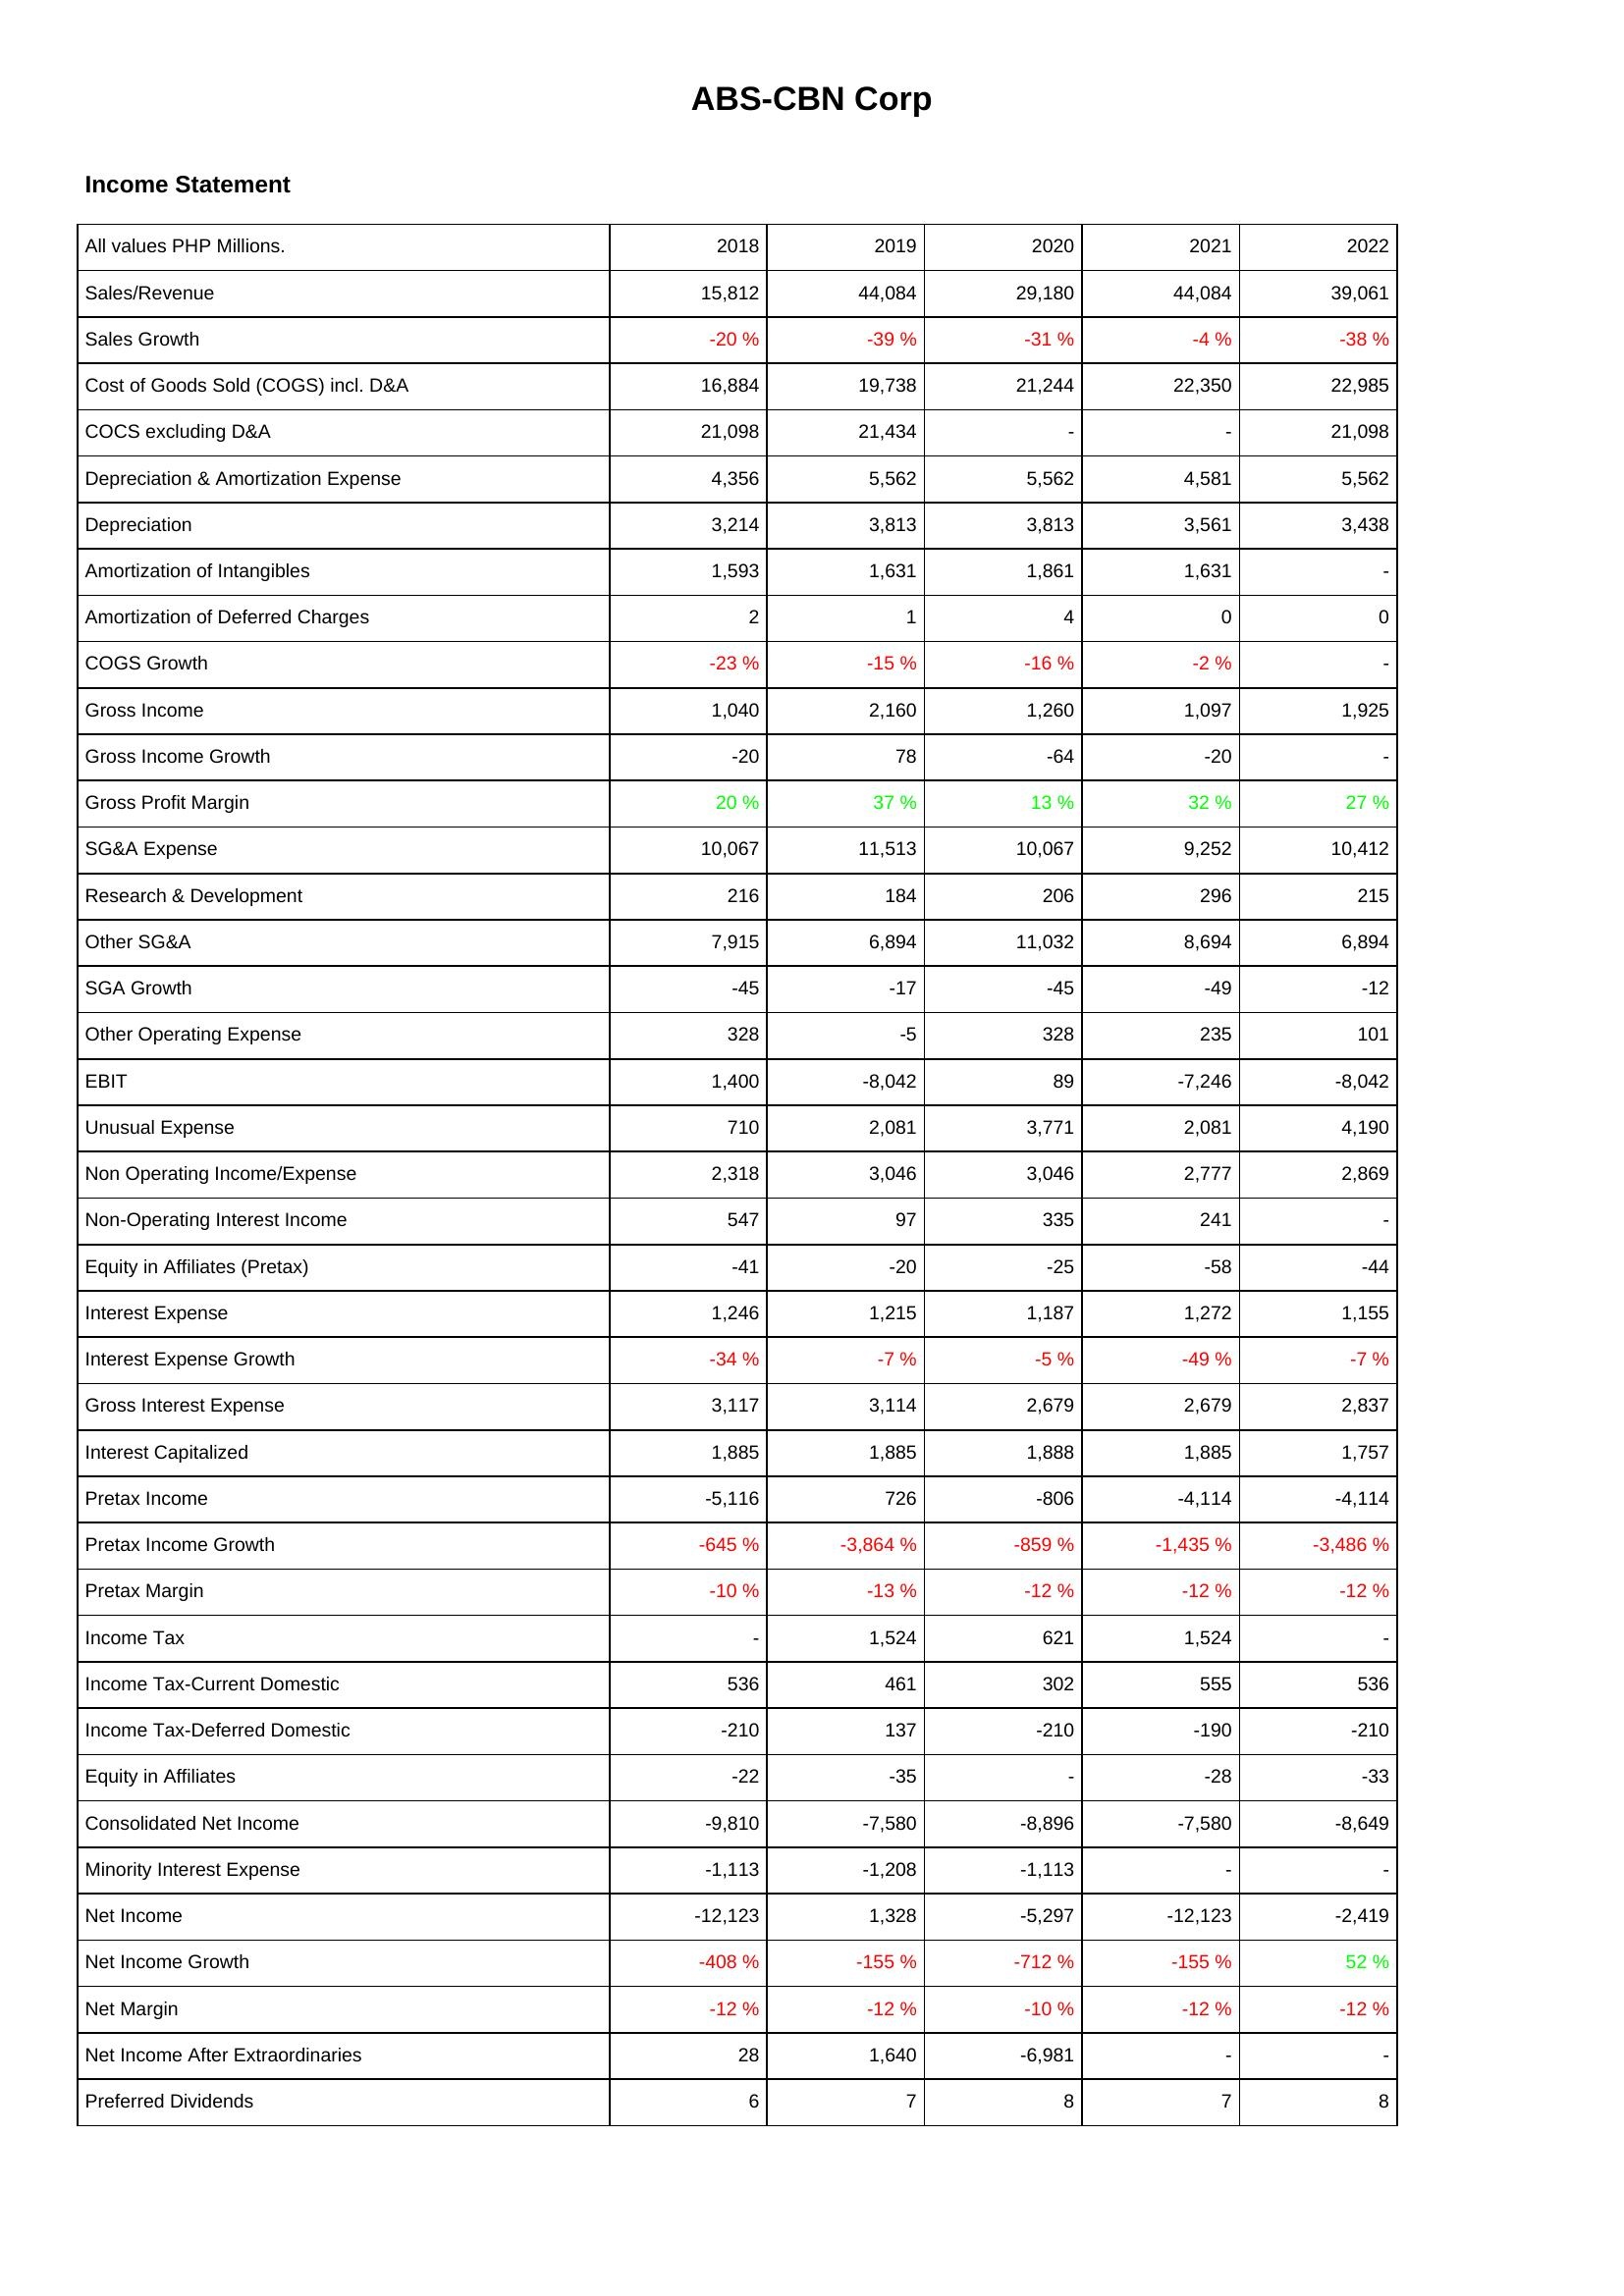
2018: Income Statement: Sales/Revenue: 15,812
Sales Growth: -20 %
Cost of Goods Sold (COGS) incl. D&A: 16,884
COCS excluding D&A: 21,098
Depreciation & Amortization Expense: 4,356
Depreciation: 3,214
Amortization of Intangibles: 1,593
Amortization of Deferred Charges: 2
COGS Growth: -23 %
Gross Income: 1,040
Gross Income Growth: -20
Gross Profit Margin: 20 %
SG&A Expense: 10,067
Research & Development: 216
Other SG&A: 7,915
SGA Growth: -45
Other Operating Expense: 328
EBIT: 1,400
Unusual Expense: 710
Non Operating Income/Expense: 2,318
Non-Operating Interest Income: 547
Equity in Affiliates (Pretax): -41
Interest Expense: 1,246
Interest Expense Growth: -34 %
Gross Interest Expense: 3,117
Interest Capitalized: 1,885
Pretax Income: -5,116
Pretax Income Growth: -645 %
Pretax Margin: -10 %
Income Tax: -
Income Tax-Current Domestic: 536
Income Tax-Deferred Domestic: -210
Equity in Affiliates: -22
Consolidated Net Income: -9,810
Minority Interest Expense: -1,113
Net Income: -12,123
Net Income Growth: -408 %
Net Margin: -12 %
Net Income After Extraordinaries: 28
Preferred Dividends: 6
2019: Income Statement: Sales/Revenue: 44,084
Sales Growth: -39 %
Cost of Goods Sold (COGS) incl. D&A: 19,738
COCS excluding D&A: 21,434
Depreciation & Amortization Expense: 5,562
Depreciation: 3,813
Amortization of Intangibles: 1,631
Amortization of Deferred Charges: 1
COGS Growth: -15 %
Gross Income: 2,160
Gross Income Growth: 78
Gross Profit Margin: 37 %
SG&A Expense: 11,513
Research & Development: 184
Other SG&A: 6,894
SGA Growth: -17
Other Operating Expense: -5
EBIT: -8,042
Unusual Expense: 2,081
Non Operating Income/Expense: 3,046
Non-Operating Interest Income: 97
Equity in Affiliates (Pretax): -20
Interest Expense: 1,215
Interest Expense Growth: -7 %
Gross Interest Expense: 3,114
Interest Capitalized: 1,885
Pretax Income: 726
Pretax Income Growth: -3,864 %
Pretax Margin: -13 %
Income Tax: 1,524
Income Tax-Current Domestic: 461
Income Tax-Deferred Domestic: 137
Equity in Affiliates: -35
Consolidated Net Income: -7,580
Minority Interest Expense: -1,208
Net Income: 1,328
Net Income Growth: -155 %
Net Margin: -12 %
Net Income After Extraordinaries: 1,640
Preferred Dividends: 7
2020: Income Statement: Sales/Revenue: 29,180
Sales Growth: -31 %
Cost of Goods Sold (COGS) incl. D&A: 21,244
COCS excluding D&A: -
Depreciation & Amortization Expense: 5,562
Depreciation: 3,813
Amortization of Intangibles: 1,861
Amortization of Deferred Charges: 4
COGS Growth: -16 %
Gross Income: 1,260
Gross Income Growth: -64
Gross Profit Margin: 13 %
SG&A Expense: 10,067
Research & Development: 206
Other SG&A: 11,032
SGA Growth: -45
Other Operating Expense: 328
EBIT: 89
Unusual Expense: 3,771
Non Operating Income/Expense: 3,046
Non-Operating Interest Income: 335
Equity in Affiliates (Pretax): -25
Interest Expense: 1,187
Interest Expense Growth: -5 %
Gross Interest Expense: 2,679
Interest Capitalized: 1,888
Pretax Income: -806
Pretax Income Growth: -859 %
Pretax Margin: -12 %
Income Tax: 621
Income Tax-Current Domestic: 302
Income Tax-Deferred Domestic: -210
Equity in Affiliates: -
Consolidated Net Income: -8,896
Minority Interest Expense: -1,113
Net Income: -5,297
Net Income Growth: -712 %
Net Margin: -10 %
Net Income After Extraordinaries: -6,981
Preferred Dividends: 8
2021: Income Statement: Sales/Revenue: 44,084
Sales Growth: -4 %
Cost of Goods Sold (COGS) incl. D&A: 22,350
COCS excluding D&A: -
Depreciation & Amortization Expense: 4,581
Depreciation: 3,561
Amortization of Intangibles: 1,631
Amortization of Deferred Charges: 0
COGS Growth: -2 %
Gross Income: 1,097
Gross Income Growth: -20
Gross Profit Margin: 32 %
SG&A Expense: 9,252
Research & Development: 296
Other SG&A: 8,694
SGA Growth: -49
Other Operating Expense: 235
EBIT: -7,246
Unusual Expense: 2,081
Non Operating Income/Expense: 2,777
Non-Operating Interest Income: 241
Equity in Affiliates (Pretax): -58
Interest Expense: 1,272
Interest Expense Growth: -49 %
Gross Interest Expense: 2,679
Interest Capitalized: 1,885
Pretax Income: -4,114
Pretax Income Growth: -1,435 %
Pretax Margin: -12 %
Income Tax: 1,524
Income Tax-Current Domestic: 555
Income Tax-Deferred Domestic: -190
Equity in Affiliates: -28
Consolidated Net Income: -7,580
Minority Interest Expense: -
Net Income: -12,123
Net Income Growth: -155 %
Net Margin: -12 %
Net Income After Extraordinaries: -
Preferred Dividends: 7
2022: Income Statement: Sales/Revenue: 39,061
Sales Growth: -38 %
Cost of Goods Sold (COGS) incl. D&A: 22,985
COCS excluding D&A: 21,098
Depreciation & Amortization Expense: 5,562
Depreciation: 3,438
Amortization of Intangibles: -
Amortization of Deferred Charges: 0
COGS Growth: -
Gross Income: 1,925
Gross Income Growth: -
Gross Profit Margin: 27 %
SG&A Expense: 10,412
Research & Development: 215
Other SG&A: 6,894
SGA Growth: -12
Other Operating Expense: 101
EBIT: -8,042
Unusual Expense: 4,190
Non Operating Income/Expense: 2,869
Non-Operating Interest Income: -
Equity in Affiliates (Pretax): -44
Interest Expense: 1,155
Interest Expense Growth: -7 %
Gross Interest Expense: 2,837
Interest Capitalized: 1,757
Pretax Income: -4,114
Pretax Income Growth: -3,486 %
Pretax Margin: -12 %
Income Tax: -
Income Tax-Current Domestic: 536
Income Tax-Deferred Domestic: -210
Equity in Affiliates: -33
Consolidated Net Income: -8,649
Minority Interest Expense: -
Net Income: -2,419
Net Income Growth: 52 %
Net Margin: -12 %
Net Income After Extraordinaries: -
Preferred Dividends: 8